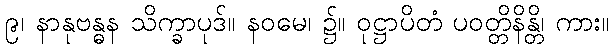
၉၊ နာနုဗန္ဓန သိက္ခာပုဒ်။ နဝမေ၊ ၌။ ဝုဋ္ဌာပိတံ ပဝတ္တိနိန္တိ၊ ကား။